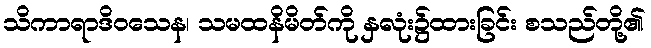
သိကာရာဒိဝသေန၊ သမထနိမိတ်ကို နှလုံး၌ထားခြင်း စသည်တို့၏